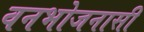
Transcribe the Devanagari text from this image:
वनभोजनासी